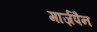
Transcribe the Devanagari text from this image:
मार्ज़पैन